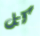
كل